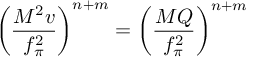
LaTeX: \left( \frac { M ^ { 2 } v } { f _ { \pi } ^ { 2 } } \right) ^ { n + m } = \left( \frac { M Q } { f _ { \pi } ^ { 2 } } \right) ^ { n + m }